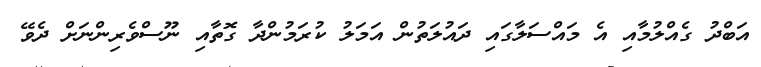
އަބްދު ގެއްލުމާއި އެ މައްސަލާގައި ދައުލަތުން އަމަލު ކުރަމުންދާ ގޮތާއި ނޫސްވެރިންނަށް ދެވޭ